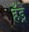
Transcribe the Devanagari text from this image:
हँड्रे